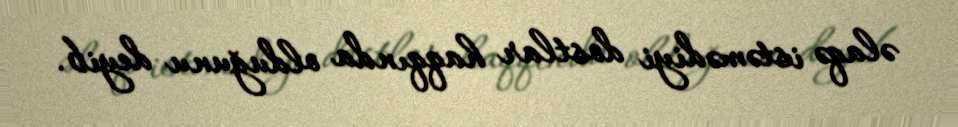
əlaqə istəmədiyi dostlar haqqında olduğunu deyib.